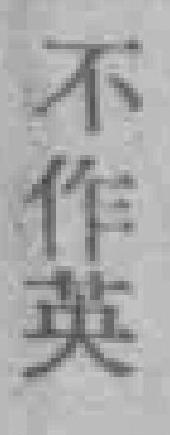
不作英